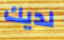
لديك